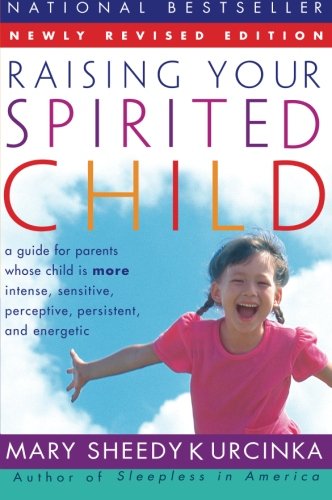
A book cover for Raising Your Spirited Child: A Guide for Parents Whose Child Is More Intense, Sensitive, Perceptive, Persistent, and Energetic; Mary Sheedy Kurcinka; Parenting & Relationships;